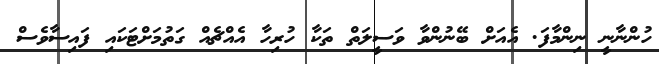
ހުންނާނީ ނިންމާފަ. އެއަށް ބޭނުންވާ ވަސީލަތް ތަކާ ހުރިހާ އެއްޗެއް ގަތުމަށްޓަކައި ފައިސާވެސް